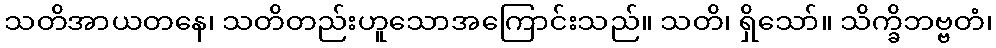
သတိအာယတနေ၊ သတိတည်းဟူသောအကြောင်းသည်။ သတိ၊ ရှိသော်။ သိက္ခိဘဗ္ဗတံ၊